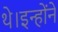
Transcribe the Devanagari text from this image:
थे।इन्होंने